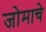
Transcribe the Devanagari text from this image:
जोमाचे